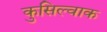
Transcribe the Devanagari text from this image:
कुसिल्वाक